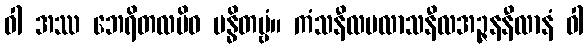
ဝါ အဿ ဘေရိတလမိဝ ဗန္ဓိတဗ္ဗံ။ ကံသနီလပလာသနီလအဉ္ဇနနီလာနံ ဝါ